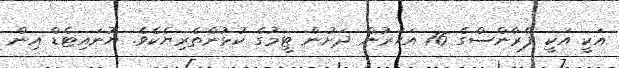
އަކީ އަކީ ފްރާންސްގެ 16 އަހަރުން ދަށުން ޓީމުގެ ކުޅުންތެރިޔެކެވެ. ޔުނައިޓެޑް އިން